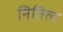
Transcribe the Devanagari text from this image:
नितिल